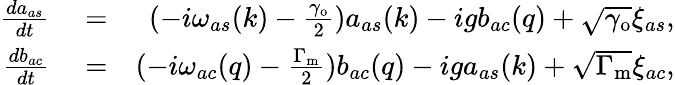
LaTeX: \begin{array}{rlr}{\frac{da_{as}}{dt}}&{{}=}&{(-i\omega_{as}(k)-\frac{\gamma_{\mathrm{o}}}{2})a_{as}(k)-igb_{ac}(q)+\sqrt{\gamma_{\mathrm{o}}}\xi_{as},}\\ {\frac{db_{ac}}{dt}}&{{}=}&{(-i\omega_{ac}(q)-\frac{\Gamma_{\mathrm{m}}}{2})b_{ac}(q)-iga_{as}(k)+\sqrt{\Gamma_{\mathrm{m}}}\xi_{ac},}\end{array}